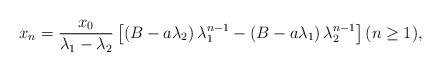
\begin{align*}x_n=\frac{x_0}{\lambda_1-\lambda_2}\left[\left(B-a\lambda_2\right)\lambda_1^{n-1}-\left(B-a\lambda_1\right)\lambda_2^{n-1}\right](n\geq 1),\end{align*}